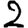
Digit: 2